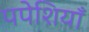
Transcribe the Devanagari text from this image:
पपेशियाँ